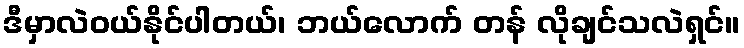
ဒီမှာလဲဝယ်နိုင်ပါတယ်၊ ဘယ်လောက် တန် လိုချင်သလဲရှင်။